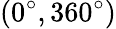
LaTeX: (0^{\circ},360^{\circ})